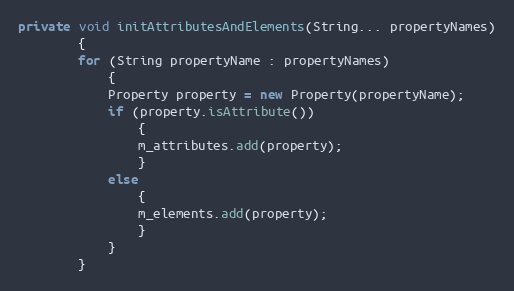
Language: Java
private void initAttributesAndElements(String... propertyNames)
        {
        for (String propertyName : propertyNames)
            {
            Property property = new Property(propertyName);
            if (property.isAttribute())
                {
                m_attributes.add(property);
                }
            else
                {
                m_elements.add(property);
                }
            }
        }